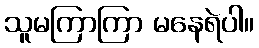
သူမကြာကြာ မနေရဲပါ။